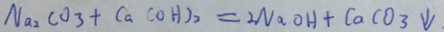
N a _ { 2 } C O _ { 3 } + C a C O H ) _ { 2 } = 2 N a O H + C a C O _ { 3 } \downarrow